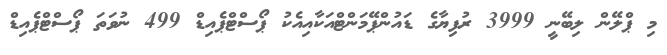
މި ޕްލޭން ލިބޭނީ 3999 ރުފިޔާގެ ޑައުންޕޭމަންޓްއަކާއިއެކު ޕޯސްޓްޕެއިޑް 499 ނުވަތަ ޕޯސްޓްޕެއިޑް